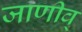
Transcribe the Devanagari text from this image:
जाणीव्